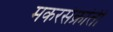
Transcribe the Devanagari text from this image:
मकरसंक्रांती